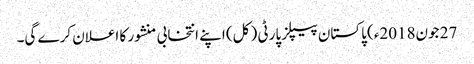
27 جون2018ء) پاکستان پیپلز پارٹی ( کل) اپنے انتخابی منشور کا اعلان کرے گی۔